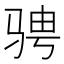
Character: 骋